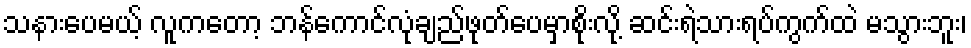
သနားပေမယ့် လူကတော့ ဘန်ကောင်လုံချည်ဖုတ်ပေမှာစိုးလို့ ဆင်းရဲသားရပ်ကွက်ထဲ မသွားဘူး၊